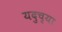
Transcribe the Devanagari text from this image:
यदुच्या